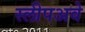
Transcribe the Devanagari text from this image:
स्लीपअवे